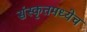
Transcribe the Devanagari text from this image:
संस्कृतमध्येच